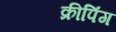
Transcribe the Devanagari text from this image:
क्रीपिंग